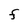
Character: F